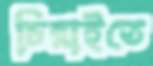
চিরাইতে